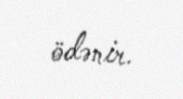
ödənir.